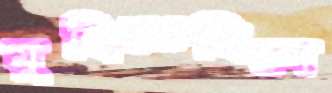
মুছিতেছিলে